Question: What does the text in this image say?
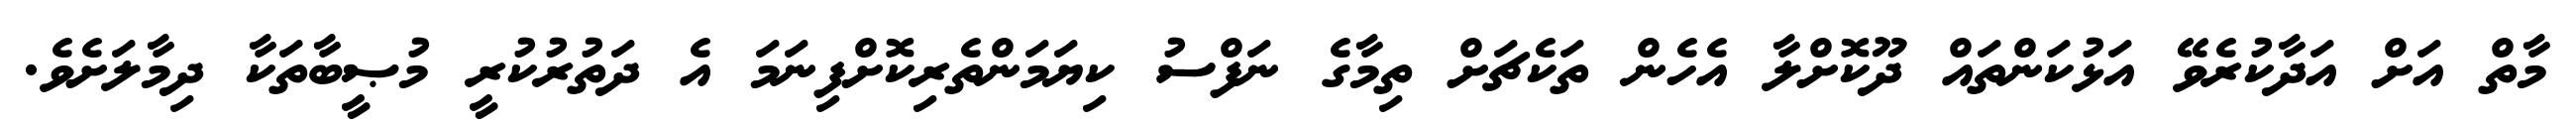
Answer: މާތް އަށް އަދާކުރެވޭ އަޅުކަންތައް ދޫކޮށްލާ އެހެން ތަކެޗަށް ތިމާގެ ނަފްސު ކިޔަމަންތެރިކޮށްފިނަމަ އެ ދަތުރުކުރީ މުޞީބާތަކާ ދިމާލަށެވެ.